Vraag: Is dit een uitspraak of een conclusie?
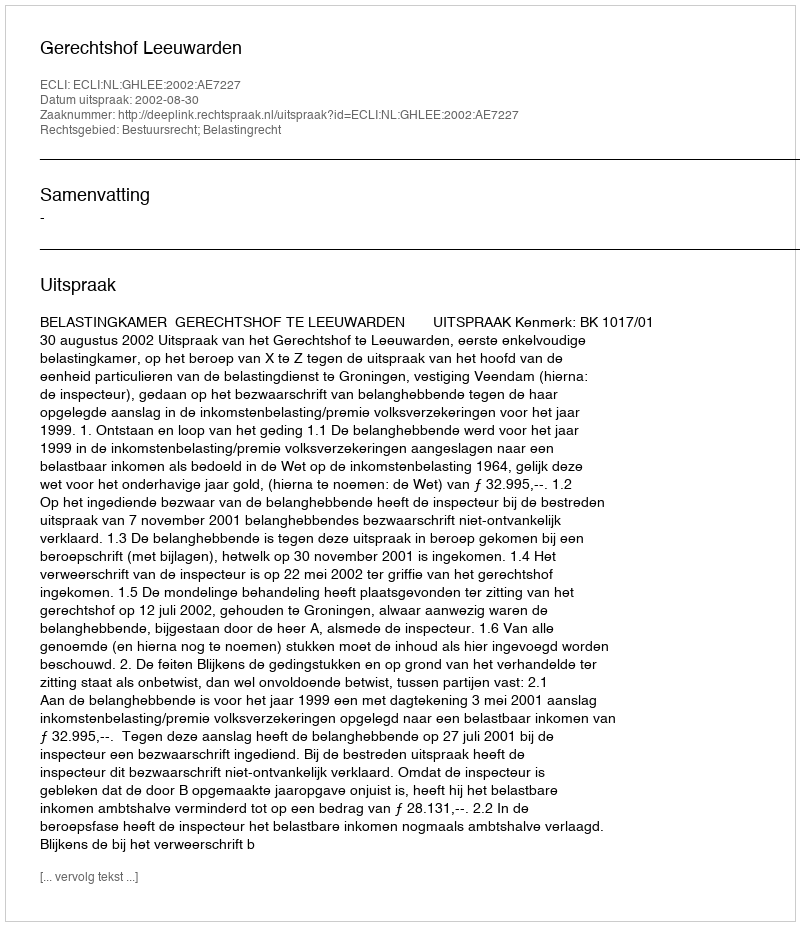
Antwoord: Uitspraak